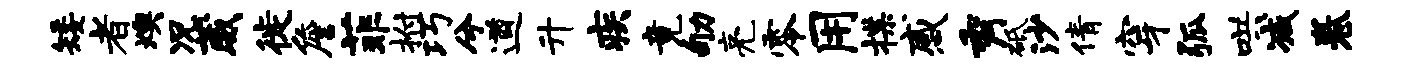
矮者燠况葳徙詹菲拊巧兮遒升疾竟劬亮零用揲感秀砥沙倩穿弧哄减卷